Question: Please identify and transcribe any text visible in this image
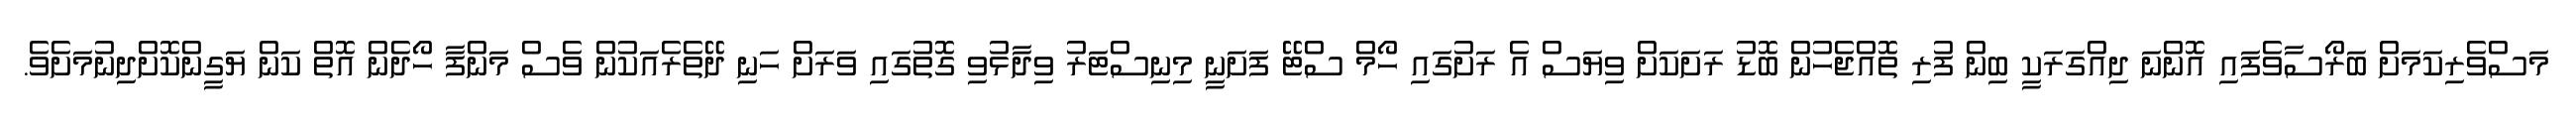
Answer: މަސްވެރިކަމަށް ބަރޯސާވެފައި އޮންނަ ދިއްގަރަކީ ބިން ފުރި ތޮއްޖެހުން ބޮޑު ރަށަކަށް ވިޔަސް އެ ރަށުގައި ހޯމް ސްޓޭ ފަށަނީ މިނިސްޓަރު ވިދާޅުވި ގޮތުގައި ވަރަށް ހަނި ދޭތެރެއަކުން ވެސް މަންފާ ހޯދެން އޮތް ކަން ޔަގީންކޮށްދިނުމަށެވެ.